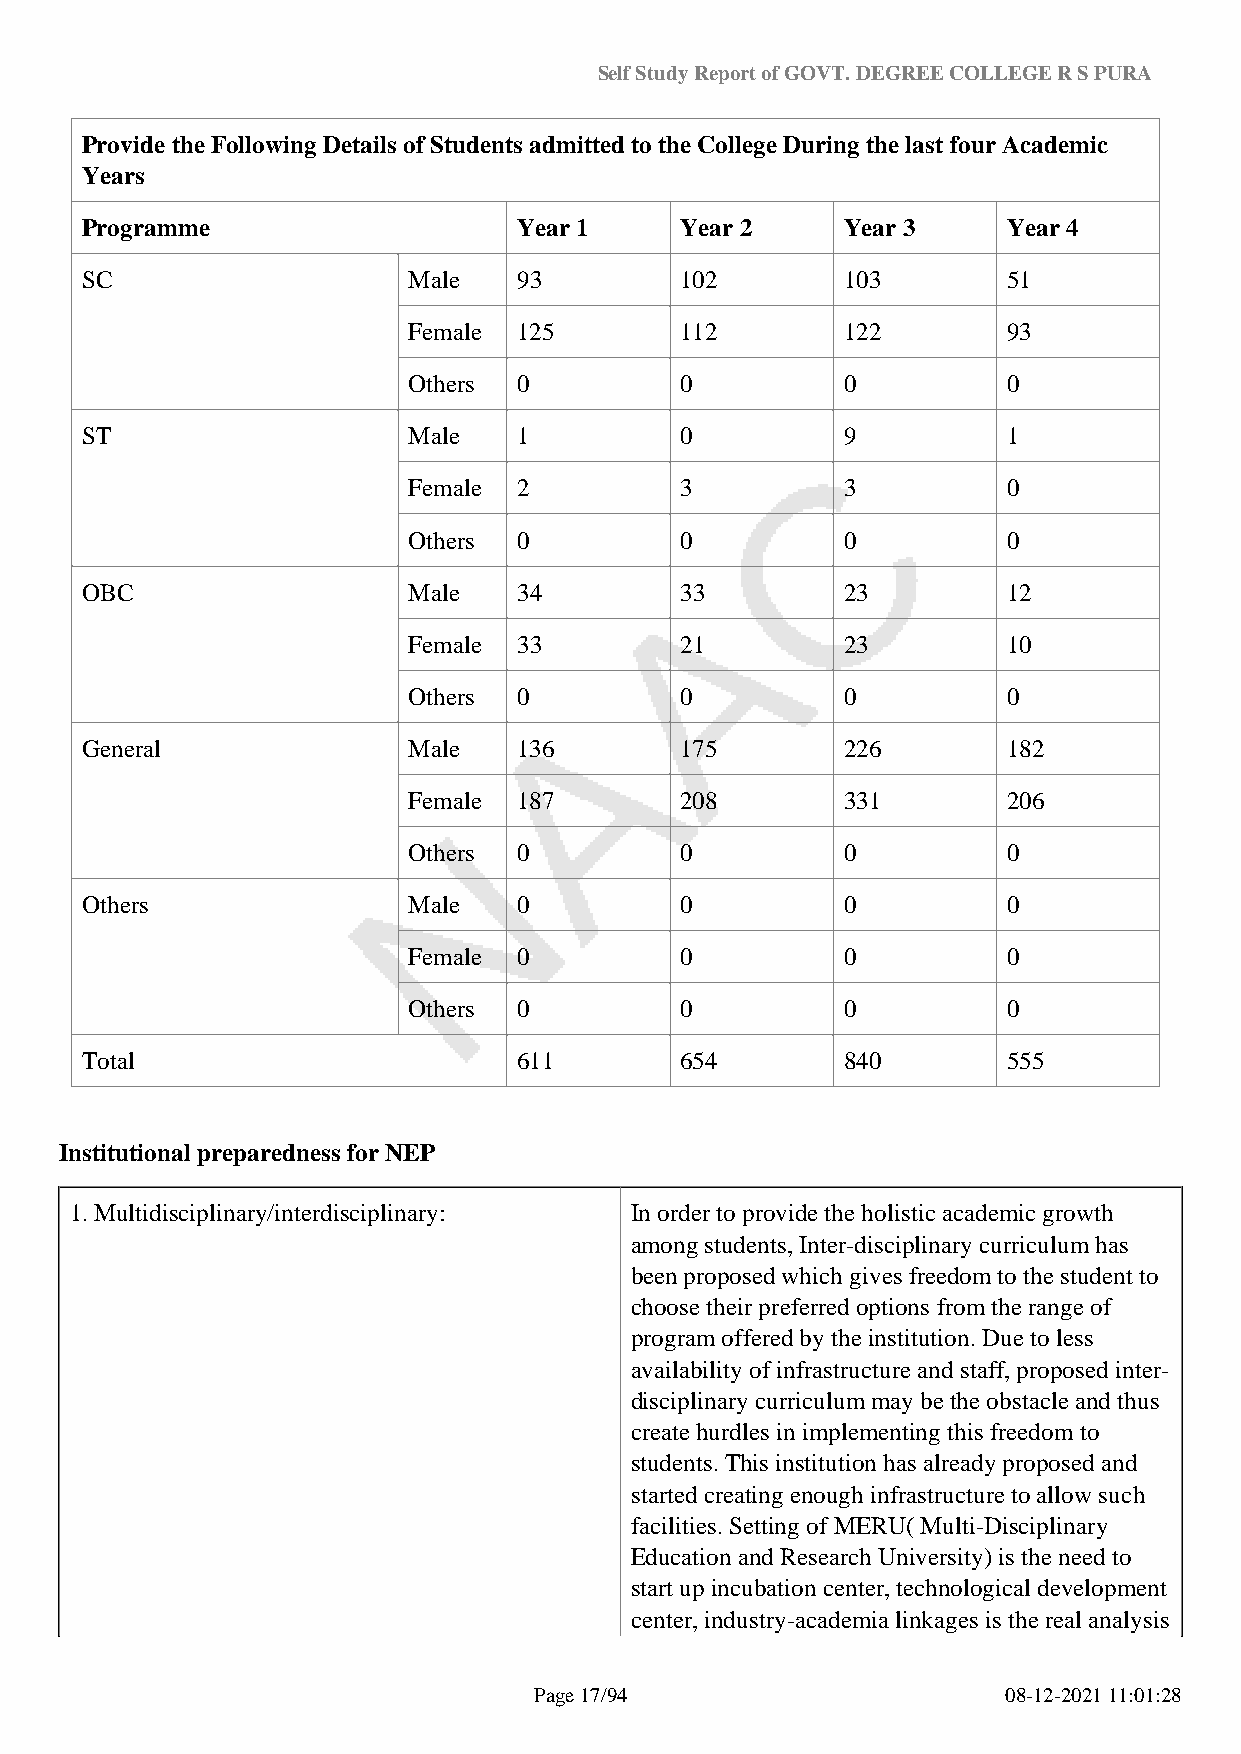
Self Study Report of GOVT. DEGREE COLLEGE R S PURA
 Provide the Following Details of Students admitted to the College During the last four Academic
 Years
 Programme                    Year 1     Year 2     Year 3     Year 4
 SC                    Male   93         102        103        51
 Female 125        112        122        93
 Others 0          0          0          0
 ST                    Male   1          0          9          1
 Female 2          3          3          0
 Others 0          0          0          0
 OBC                   Male   34         33         23         12
 Female 33         21         23         10
 Others 0          0          0          0
 General               Male   136        175        226        182
 Female 187        208        331        206
 Others 0          0          0          0
 Others                Male   0          0          0          0
 Female 0          0          0          0
 Others 0          0          0          0
 Total                        611        654        840        555
 Institutional preparedness for NEP
 1. Multidisciplinary/interdisciplinary: In order to provide the holistic academic growth
 among students, Inter-disciplinary curriculum has
 been proposed which gives freedom to the student to
 choose their preferred options from the range of
 program offered by the institution. Due to less
 availability of infrastructure and staff, proposed inter-
 disciplinary curriculum may be the obstacle and thus
 create hurdles in implementing this freedom to
 students. This institution has already proposed and
 started creating enough infrastructure to allow such
 facilities. Setting of MERU( Multi-Disciplinary
 Education and Research University) is the need to
 start up incubation center, technological development
 center, industry-academia linkages is the real analysis
 Page 17/94                      08-12-2021 11:01:28